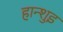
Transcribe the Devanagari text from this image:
हान्शुइ